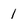
Character: 1